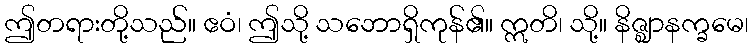
ဤတရားတို့သည်။ ဧဝံ၊ ဤသို့ သဘောရှိကုန်၏။ ဣတိ၊ သို့။ နိဇ္ဈာနက္ခမေ၊